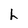
Character: h